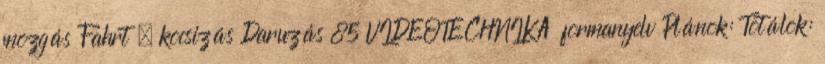
mozgás Fahrt – kocsizás Daruzás 85 VIDEOTECHNIKA formanyelv Plánok: Totálok: